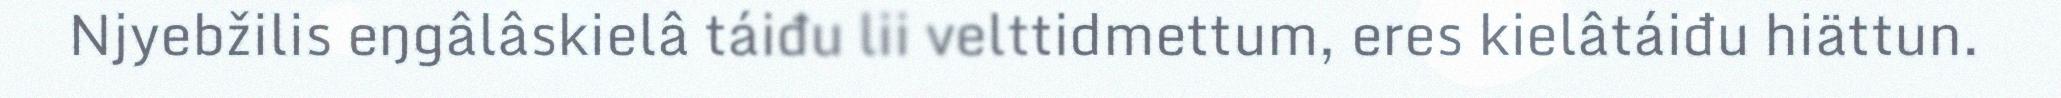
Njyebžilis eŋgâlâskielâ táiđu lii velttidmettum, eres kielâtáiđu hiättun.